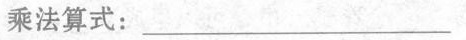
乘法算式：___